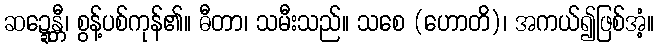
ဆဍ္ဍေန္တီ၊ စွန့်ပစ်ကုန်၏။ ဓီတာ၊ သမီးသည်။ သစေ (ဟောတိ)၊ အကယ်၍ဖြစ်အံ့။